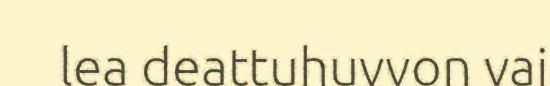
lea deattuhuvvon vai